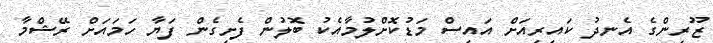
ޒޫރިންގެ އެނދު ކައިރިއަށް އައިސް މަޑުކޮށްލުމާއެކު ބޮލުން ފެށިގެން ފަޔާ ހަމައަށް ރޭޝްމާ